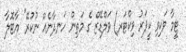
ޓީމާ ވަކިވި ކީޕަރު ވިކްޓަރ) ވަލްޑޭޒް ގެ މަތިން ހަނދާނެއް ނުކުރޭ" އާޓޮލާ